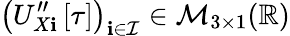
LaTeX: \left(U_{X\mathbf{i}}^{\prime\prime}\left[\tau\right]\right)_{\mathbf{i}\in\mathcal{{I}}}\in\mathcal{{M}}_{3\times1}(\mathbb{{R}})